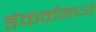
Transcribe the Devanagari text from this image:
डंकर्कमध्ये